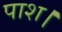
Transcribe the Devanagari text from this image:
पाश।